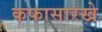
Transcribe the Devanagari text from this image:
कफासारखे